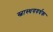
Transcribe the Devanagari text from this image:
स्वास्थयवर्धक